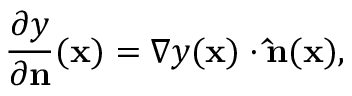
{ \frac { \partial y } { \partial \mathbf { n } } } ( \mathbf { x } ) = \nabla y ( \mathbf { x } ) \cdot \mathbf { \hat { n } } ( \mathbf { x } ) ,